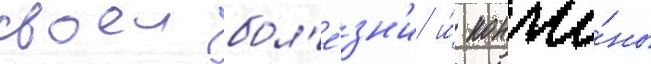
своеи бол'е́зн'и и́ кончи́ны